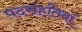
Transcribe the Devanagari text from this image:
पदसंहतियाँ